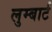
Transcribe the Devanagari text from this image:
लुम्बार्ट